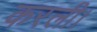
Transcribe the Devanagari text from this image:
करली।